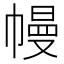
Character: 幔